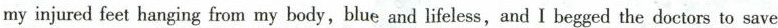
my injured feet hanging from my body,blue and lifeless,and I begged the doctors to save